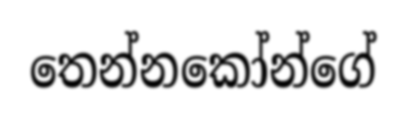
තෙන්නකෝන්ගේ